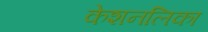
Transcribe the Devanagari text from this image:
केशनलिका